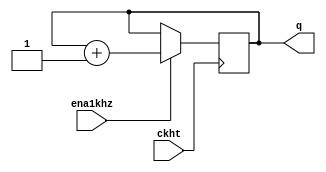
`timescale 1ns / 1ps
//////////////////////////////////////////////////////////////////////////////////
// Company: 
// Engineer: 
// 
// Design Name: 
// Module Name: Dem_4bit
// Project Name: 
// Target Devices: 
// Tool Versions: 
// Description: 
// 
// Dependencies: 
// 
// Revision:
// Revision 0.01 - File Created
// Additional Comments:
// 
//////////////////////////////////////////////////////////////////////////////////


module Dem_4bit(
    input   ckht,ena1khz,
    output  [3:0] q
    );
    
reg [3:0] q_r, q_n;
//State register
always @(negedge ckht)
    q_r = q_n;
//Next state logic
always @*
    if(ena1khz)
        q_n = q_r +1;
    else 
        q_n = q_r;
//Output logic
assign q = q_r;
endmodule